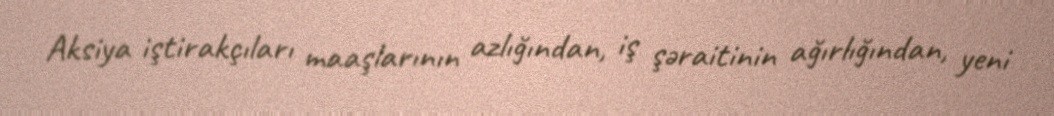
Aksiya iştirakçıları maaşlarının azlığından, iş şəraitinin ağırlığından, yeni